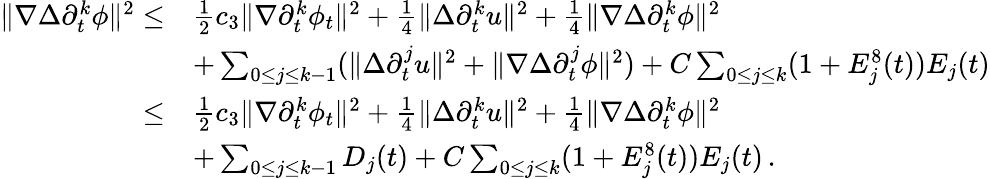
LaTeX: \begin{array}{rl}{\| \nabla\Delta\partial_{t}^{k}\phi\| ^{2}\leq}&{\frac{1}{2}c_{3}\| \nabla\partial_{t}^{k}\phi_{t}\| ^{2}+\frac{1}{4}\| \Delta\partial_{t}^{k}u\| ^{2}+\frac{1}{4}\| \nabla\Delta\partial_{t}^{k}\phi\| ^{2}}\\ &{+\sum_{0\leq j\leq k-1}(\| \Delta\partial_{t}^{j}u\| ^{2}+\| \nabla\Delta\partial_{t}^{j}\phi\| ^{2})+C\sum_{0\leq j\leq k}(1+E_{j}^{8}(t))E_{j}(t)}\\ {\leq}&{\frac{1}{2}c_{3}\| \nabla\partial_{t}^{k}\phi_{t}\| ^{2}+\frac{1}{4}\| \Delta\partial_{t}^{k}u\| ^{2}+\frac{1}{4}\| \nabla\Delta\partial_{t}^{k}\phi\| ^{2}}\\ &{+\sum_{0\leq j\leq k-1}D_{j}(t)+C\sum_{0\leq j\leq k}(1+E_{j}^{8}(t))E_{j}(t)\, .}\end{array}